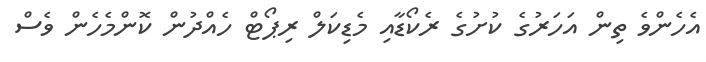
އެހެންވެ ތިން އަހަރުގެ ކުށުގެ ރެކޯޑާއި މެޑިކަލް ރިޕޯޓް ހެއްދުން ކޮންމެހެން ވެސް